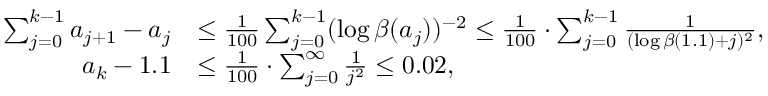
\begin{array} { r l } { \sum _ { j = 0 } ^ { k - 1 } a _ { j + 1 } - a _ { j } } & { \leq \frac { 1 } { 1 0 0 } \sum _ { j = 0 } ^ { k - 1 } ( \log \beta ( a _ { j } ) ) ^ { - 2 } \leq \frac { 1 } { 1 0 0 } \cdot \sum _ { j = 0 } ^ { k - 1 } \frac { 1 } { ( \log \beta ( 1 . 1 ) + j ) ^ { 2 } } , } \\ { a _ { k } - 1 . 1 } & { \leq \frac { 1 } { 1 0 0 } \cdot \sum _ { j = 0 } ^ { \infty } \frac { 1 } { j ^ { 2 } } \leq 0 . 0 2 , } \end{array}